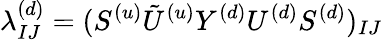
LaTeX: \lambda_{IJ}^{(d)}=(S^{(u)}{\tilde{U}^{(u)}}Y^{(d)}U^{(d)}S^{(d)})_{IJ}